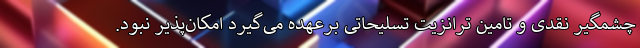
چشمگیر نقدی و تامین ترانزیت تسلیحاتی برعهده می‌گیرد امکان‌پذیر نبود.